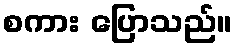
စကား ပြောသည်။